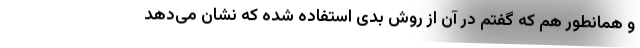
و همانطور هم که گفتم در آن از روش بدی استفاده شده که نشان می‌دهد